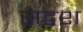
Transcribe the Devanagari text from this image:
सद्वश